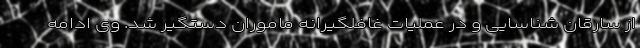
از سارقان شناسایی و در عملیات غافلگیرانه ماموران دستگیر شد. وی ادامه